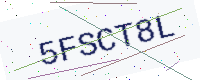
Text: 5FSCT8L